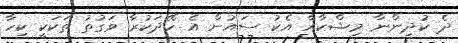
ދެ ކުދިންނާ މިޝްކާއާ އެކު ސައުން އެ ހޭދަކުރާ ވަގުތު ތަކަކީ ކިހާ